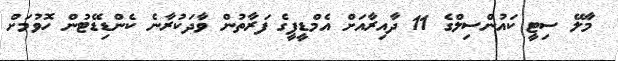
މާލޭ ސިޓީ ކައުންސިލްގެ 11 ދާއިރާއަށް އެމްޑީޕީގެ ފަރާތުން ވާދަކުރާނެ ކެންޑިޑޭޓުން ހޮވުމަށް